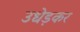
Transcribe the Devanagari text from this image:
उधेड़कर